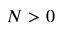
N > 0